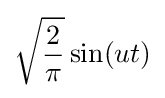
{\sqrt {\frac {2}{\pi }}}\sin(ut)